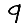
Digit: 9